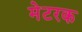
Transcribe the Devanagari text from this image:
मेटरक